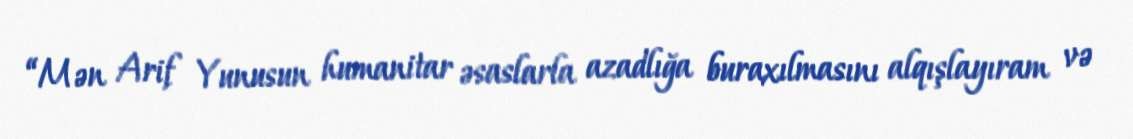
“Mən Arif Yunusun humanitar əsaslarla azadlığa buraxılmasını alqışlayıram və